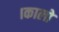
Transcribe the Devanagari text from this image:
।कालो